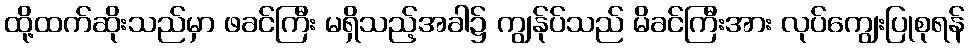
ထို့ထက်ဆိုးသည်မှာ ဖခင်ကြီး မရှိသည့်အခါ၌ ကျွန်ုပ်သည် မိခင်ကြီးအား လုပ်ကျွေးပြုစုရန်